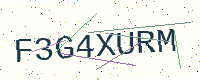
Text: F3G4XURM